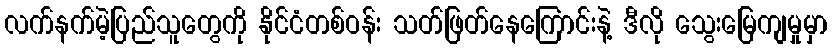
လက်နက်မဲ့ပြည်သူတွေကို နိုင်ငံတစ်ဝန်း သတ်ဖြတ်နေကြောင်းနဲ့ ဒီလို သွေးမြေကျမှုမှာ